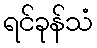
ရင်ခုန်သံ